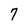
Character: 7